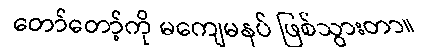
တော်တော့်ကို မကျေမနပ် ဖြစ်သွားတာ။